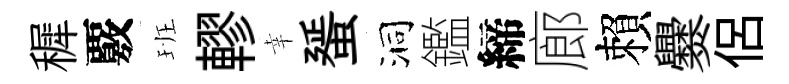
穉覈班轇幸蜑洞鑑締廊賴爨侶